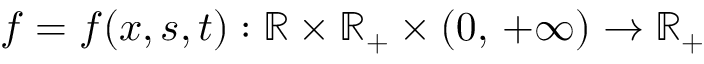
f = f ( x , s , t ) : \mathbb { R } \times \mathbb { R } _ { + } \times ( 0 , \, + \infty ) \to \mathbb { R } _ { + }